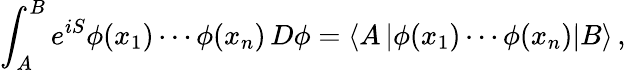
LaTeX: \int_{A}^{B}e^{iS}\phi(x_{1})\cdots\phi(x_{n})\, D\phi=\left\langle A\left|\phi(x_{1})\cdots\phi(x_{n})\right|B\right\rangle\, ,